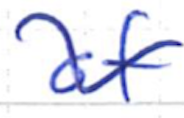
Text: of
Cross-out: wave
Writing tool: ballpoint